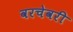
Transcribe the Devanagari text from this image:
वरचेवरी